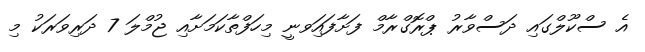
އެ ސްކޫލްގައި ދަސްވާރު ޕްރޮގްރާމް ފަށާފައިަވނީ މިހަފްތާކަމަށާއި ޖުމްލަ 7 ދަރިވަރަކު މި